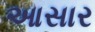
આસાર